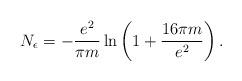
LaTeX: \begin{align*}N_{\epsilon}=-\frac{e^2}{\pi m}\ln\left(1+\frac{16\pi m}{e^2}\right).\end{align*}